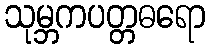
သုမ္ဘကပတ္တဓရော